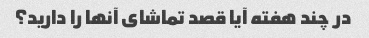
در چند هفته آیا قصد تماشای آنها را دارید؟